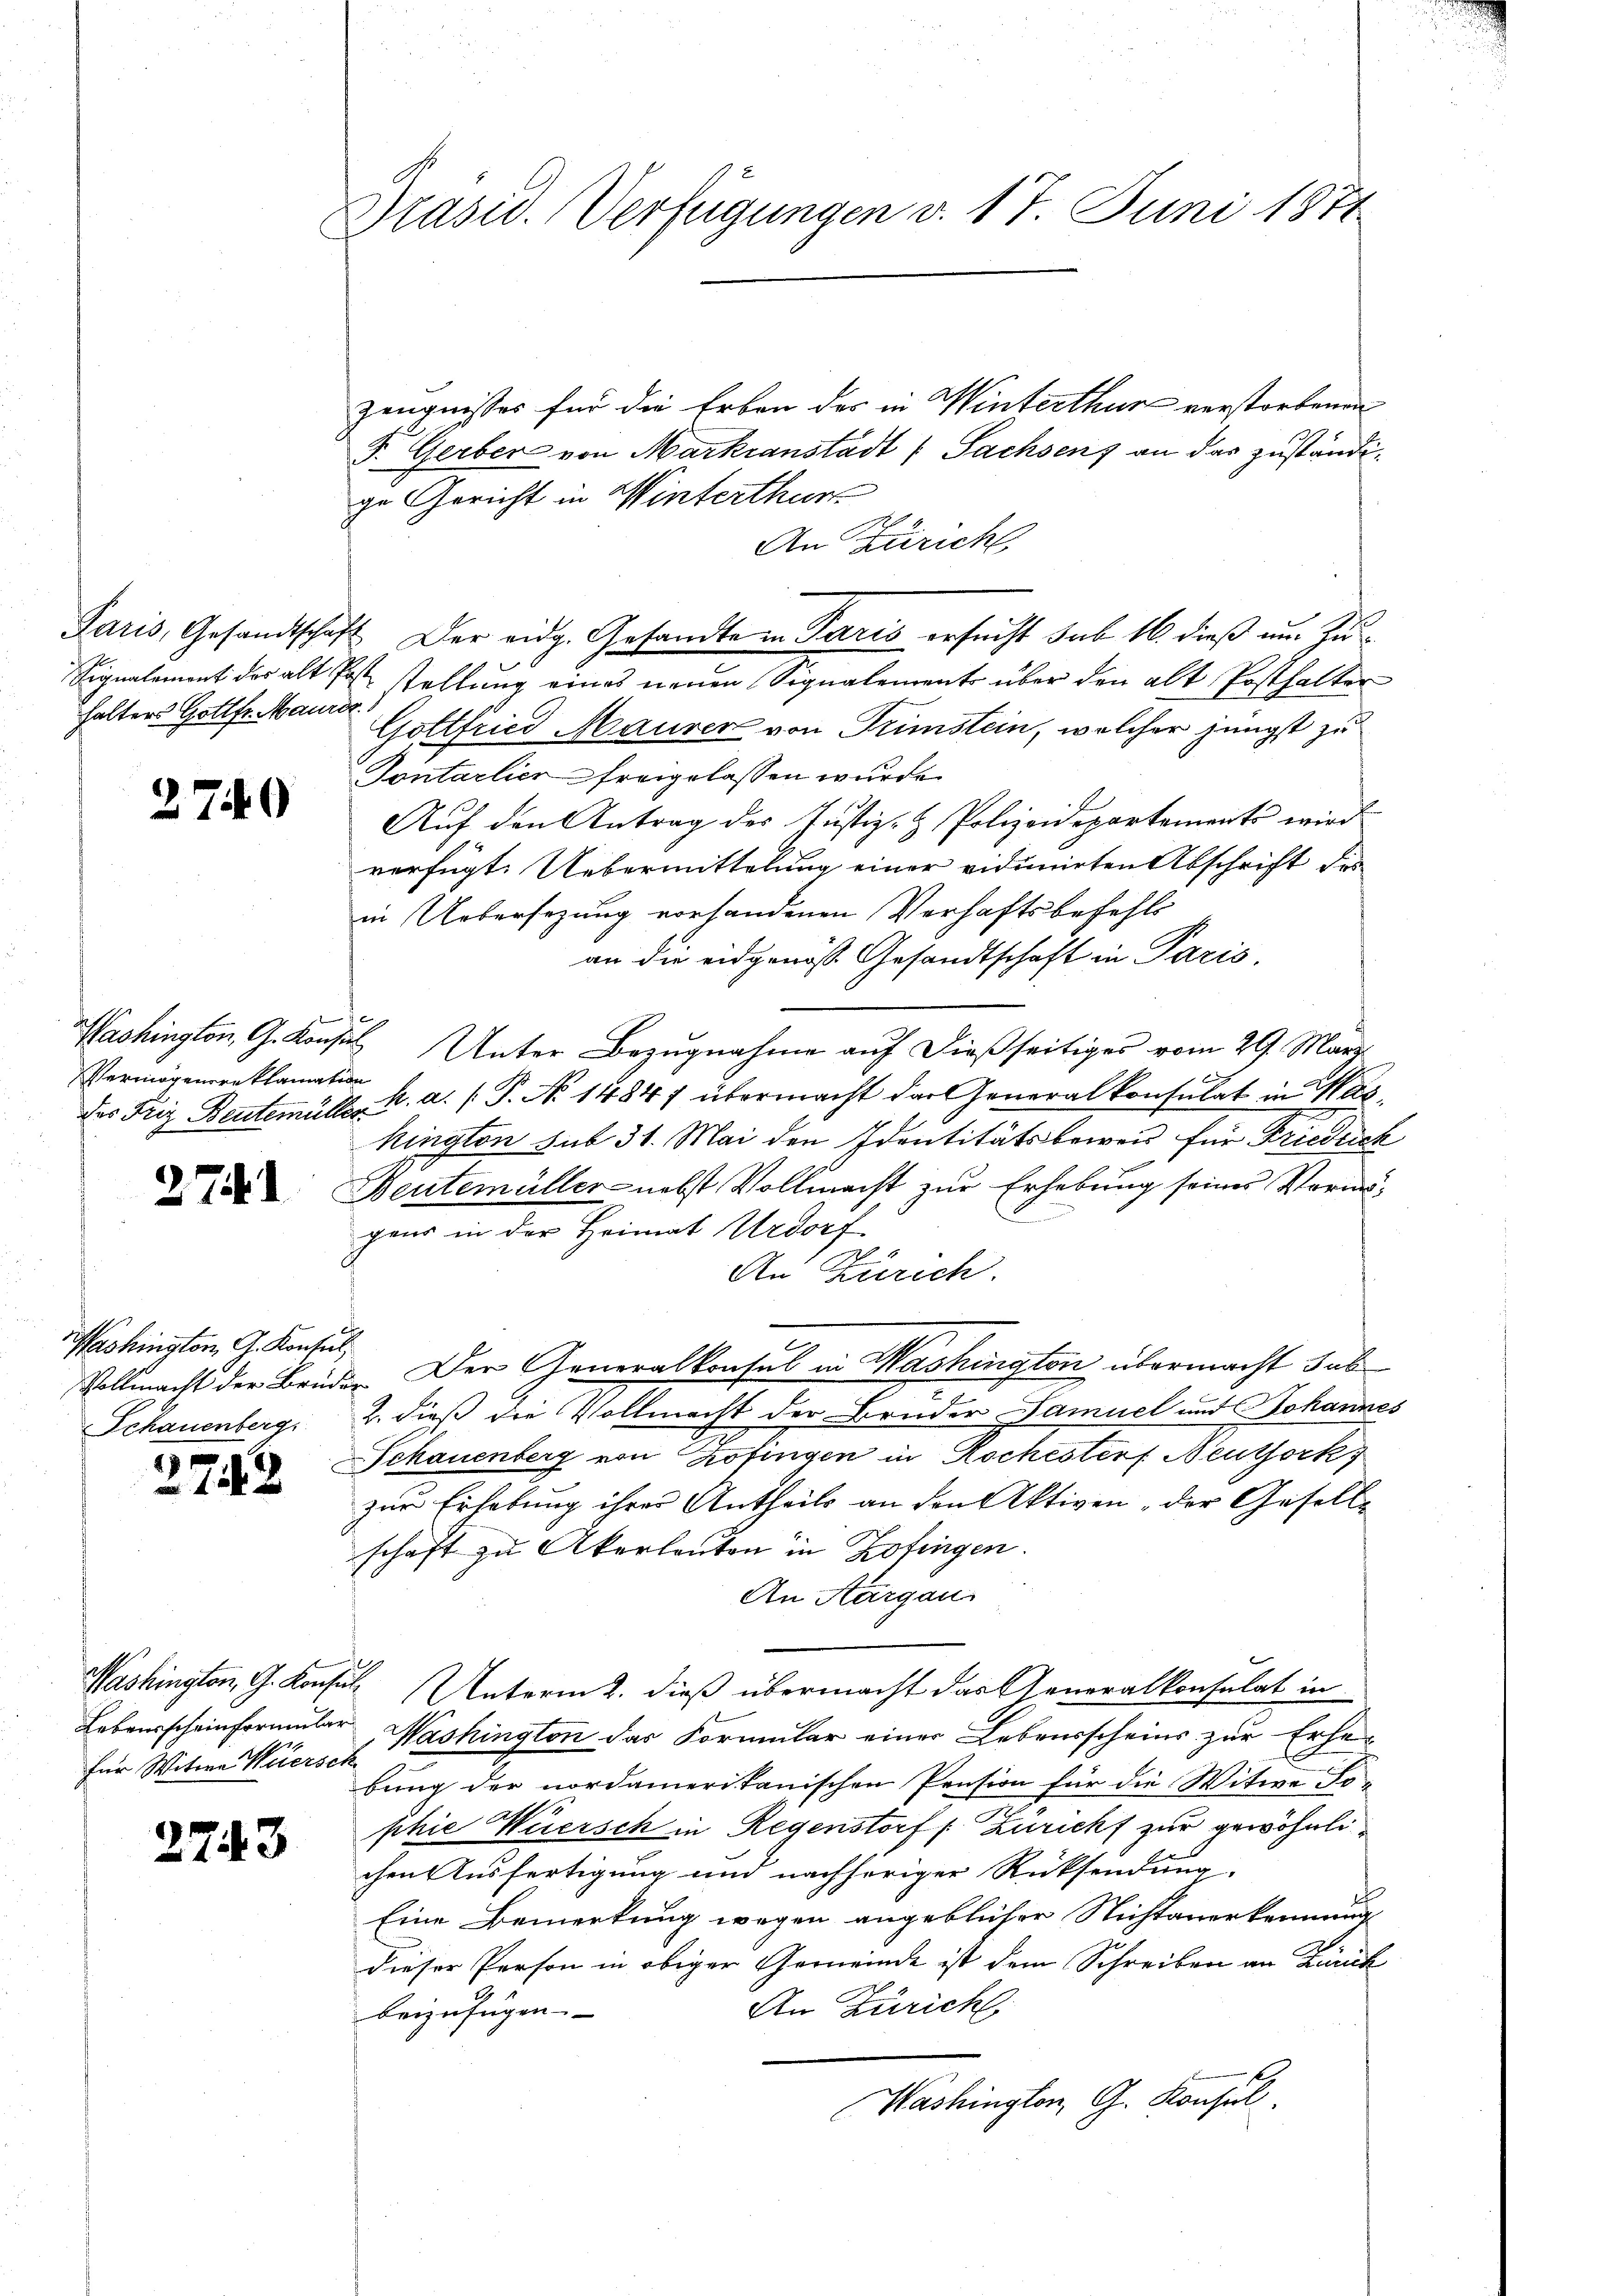
halters Gottfr. Maure

2740

Washington, G. Kons.
Vermögensreklamati
das Friz Bentemülle

2741

Washington, A. Konsin
Vollmacht der Brüd¬
Schauenberg.
x

1242

für Witwe Weiersch

2743

Präsid. Verfügungen v. 17. Juni 1871

C

Paris, Gesandtschaft. Der eidg. Gesandte in Paris ersucht sub 16 dieß um Zu¬

Zeugnisses für die Erben des in Winterthur verstorbenen
F. Gerber von Markianstadt (Sachsens an das zuständige Gericht in Winterthur
An Züricht,
Signalement der alt P. Tellung eines neuen Signalements über den alt Posthalter
f
Gottfried Maurer von Trimstein, welcher jüngst zu
Tontarlier freigelassen wurde
Aŭf den Antrag des Justiz- & Polizeidepartement wird
verfügt: Uebermittelung einer vidimirten Abschrift des
in Uebersezung vorhandenen Verhaftsbefehls
an die eidgenöss Gesandtschaft in Paris
us Unter Bezugnahme auf dießseitiges vom 29. März
Ger
d. h. a. (T. No 1484) übermacht der Generalkonsulat in Kaskington sub 31. Mai den Identitätsbeweis für Friedrich
Beutemüller nebst Vollmacht zur Erhebung seines Vermögens in der Heimat Urdorf
An Zürich.
. Der Generalkonsul in Washington übermacht dab
2. dieß die Vollmacht der Bruder Samuel und Johannes
Schauenberg von Zofingen in Kochesters Neuthork
zur Erhebung ihrer Antheils an den Aktiven , der Gesellschaft zu Akerleuten in Zofingen.
An Aargau
Washington, G. Konsul Unterm 2. dieß übermacht das Generalkonsulat in
Lebensscheinformular Washington das Formular einer Lebensscheins zur Erhebung der nordamerikanischen Pension für die Witwe Fophie Wuersch in Regenstorf /: Zuricht zur gewöhnlichen Ausfertigung und nachheriger Rücksendung
Eine Bemerkung wegen angeblicher Nichtanerkennung
dieser Person in obiger Gemeinde ist dem Schreiben an Zürich
An Zürich
beizufügen. |
Washington, G. Konsul

d